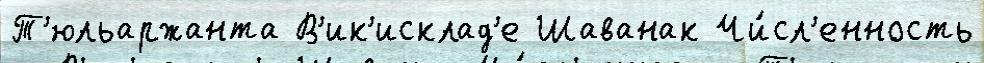
Т'юльаржанта В'ик'исклад'е Шаванак Чи́сл'енность